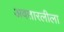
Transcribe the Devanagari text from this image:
अवतारलीला